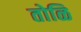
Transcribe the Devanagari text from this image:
तोळि